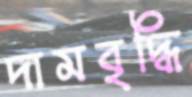
দামবৃদ্ধি